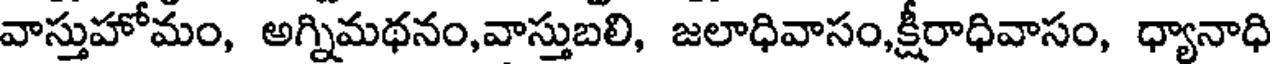
వాస్తుహోమం, అగ్నిమథనం,వాస్తుబలి, జలాధివాసం,క్షీరాధివాసం, ధ్యానాధి